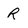
Character: R